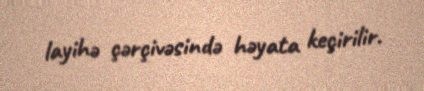
layihə çərçivəsində həyata keçirilir.